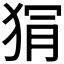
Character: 𭸏